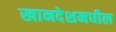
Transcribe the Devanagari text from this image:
खानदेशमधील